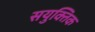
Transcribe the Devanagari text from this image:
सयुक्‍तिक